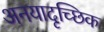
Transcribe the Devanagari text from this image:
अनयादृच्छिक